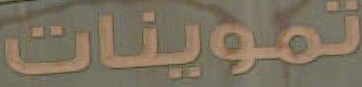
تموينات